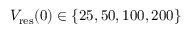
V _ { \mathrm { r e s } } ( 0 ) \in \{ 2 5 , 5 0 , 1 0 0 , 2 0 0 \}